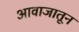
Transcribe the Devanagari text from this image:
आवाजातून